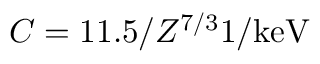
C = 1 1 . 5 / Z ^ { 7 / 3 } \mathrm { { 1 / k e V } }